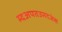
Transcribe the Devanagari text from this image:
म्दअपतउमदजंस